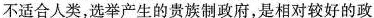
不适合人类，选举产生的贵族制政府，是相对较好的政